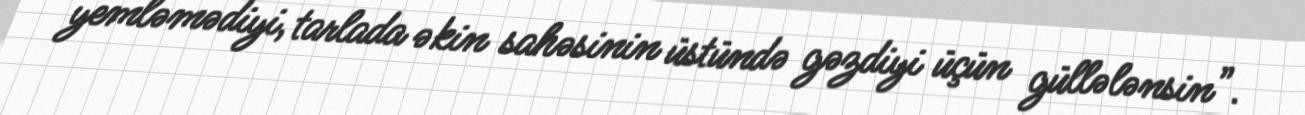
yemləmədiyi, tarlada əkin sahəsinin üstündə gəzdiyi üçün güllələnsin”.